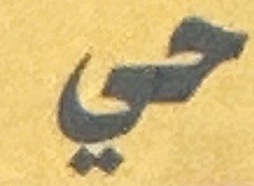
حي